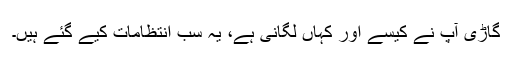
گاڑی آپ نے کیسے اور کہاں لگانی ہے، یہ سب انتظامات کیے گئے ہیں۔